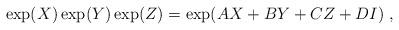
LaTeX: \begin{align*}\exp(X)\exp(Y)\exp(Z)=\exp({AX+BY+CZ+DI}) \ ,\end{align*}